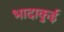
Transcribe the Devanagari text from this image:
भादाकुई